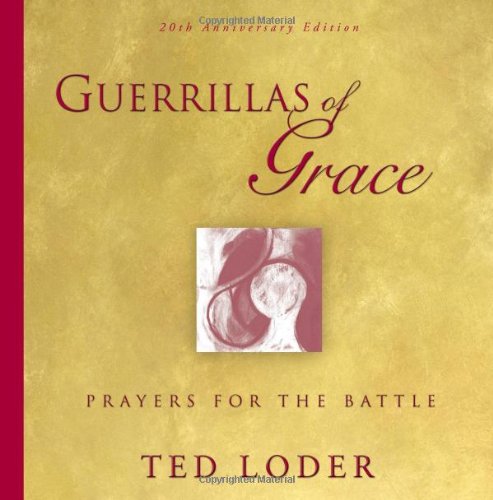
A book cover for Guerrillas Of Grace: Prayers For The Battle; Ted Loder; Christian Books & Bibles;